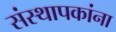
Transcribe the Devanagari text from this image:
संस्थापकांना